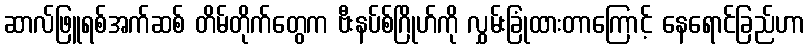
ဆာလ်ဖြူရစ်အက်ဆစ် တိမ်တိုက်တွေက ဗီးနပ်စ်ဂြိုဟ်ကို လွှမ်းခြုံထားတာကြောင့် နေရောင်ခြည်ဟာ